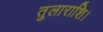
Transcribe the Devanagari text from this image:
तुलाराशि।